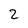
Character: 2